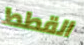
القطط